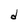
Character: d